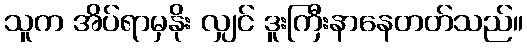
သူက အိပ်ရာမှနိုး လျှင် ဒူးကြီးနာနေတတ်သည်။